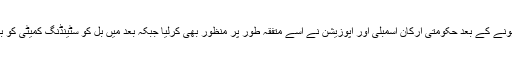
بل پیش ہونے کے بعد حکومتی ارکان اسمبلی اور اپوزیشن نے اِسے متفقہ طور پر منظور بھی کرلیا جبکہ بعد میں بل کو سٹینڈنگ کمیٹی کو بھجوادیا ۔